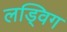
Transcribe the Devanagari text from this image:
लड्विग